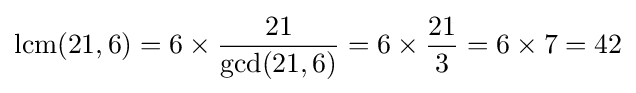
\operatorname {lcm} (21,6)=6\times {\frac {21}{\gcd(21,6)}}=6\times {\frac {21}{3}}=6\times 7=42